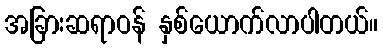
အခြားဆရာဝန် နှစ်ယောက်လာပါတယ်။